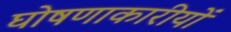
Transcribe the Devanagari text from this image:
घोषणाकारीयों